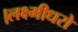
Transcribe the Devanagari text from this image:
।लक्ष्मीधरो